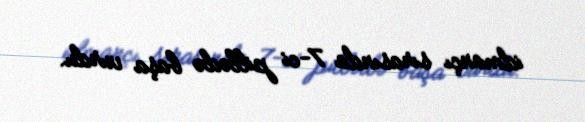
idmançı sırasında 7-ci pillədə başa vurdu.